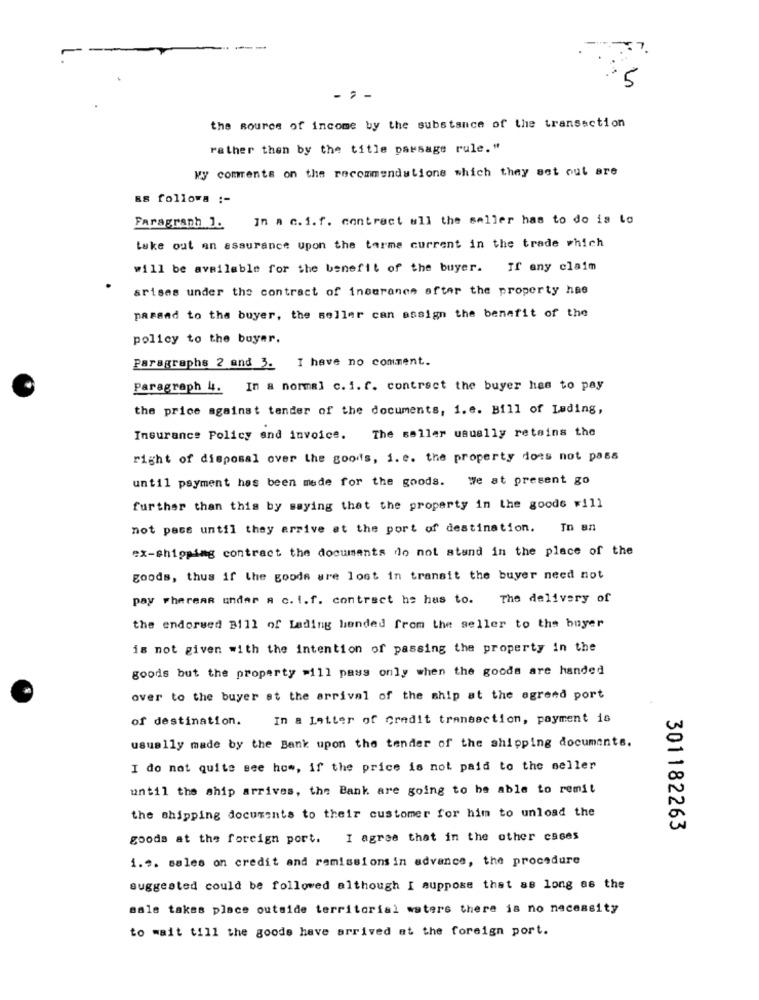
--
10
- 7-
the source of income by the substance of the transaction
rather than by the title passage rule."
My comments on the recommendations which they set out are
ES followa :-
Paragraph ]. In a c. i. f. contract ull the seller has to do is to
take out an assurance upon the tarme current in the trade which
will be available for the benefit of the buyer.
If any claim
arises under the contract of ineurones after the property hae
passad to the buyer, the seller can assign the benefit of the
policy to the buyer.
Paragraphs 2 and 3. I have no comment.
Paragraph 4. In a normal c. i. f. contract the buyer has to pay
the price against tender of the documents, i.e. Bill of Lading,
Insurance Policy and invoice. The seller usually retains the
right of disposal over the goods, i. e. the property does not pass
until payment has been made for the goods. We at present go
further than this by saying that the property in the goode will
not pass until they arrive at the port of destination. In an
ex-shipping contract the documents do not stand in the place of the
goods, thus if the goods are lost in transit the buyer need not
pay whereas undar a c. i.f. contract he has to. The delivery of
the endorsed Bill of Lading hended from the seller to the buyer
is not given with the intention of passing the property in the
goods but the property >ill pass only when the goods are handed
over to the buyer at the arrival of the ship at the agreed port
of destination.
In a Letter of Credit transaction, payment is
usually made by the Bank upon the tender of the shipping documents.
I do not quite see hom, if the price is not paid to the seller
until the ship arrives, the Bank are going to be able to remit
the shipping documents to their customer for him to unload the
301182263
goods at the foreign port. I agree that in the other cases
1 ... sales on credit and ramissions in advance, the procedure
suggested could be followed although I suppose that as long as the
male takes place outside territorial waters there is no necessity
to wait till the goods have arrived at the foreign port.